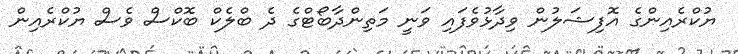
ޔުކްރެއިންގެ އޮފިޝަލުން ވިދާޅުވެފައި ވަނީ މަތިންދާބޯޓްގެ ދެ ބްލެކް ބޮކްސް ވެސް ޔުކްރެއިން